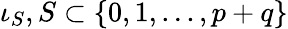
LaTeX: \iota_{S},S\subset\{ 0,1,...,p+q\}